Annual report of the Camel Specialist
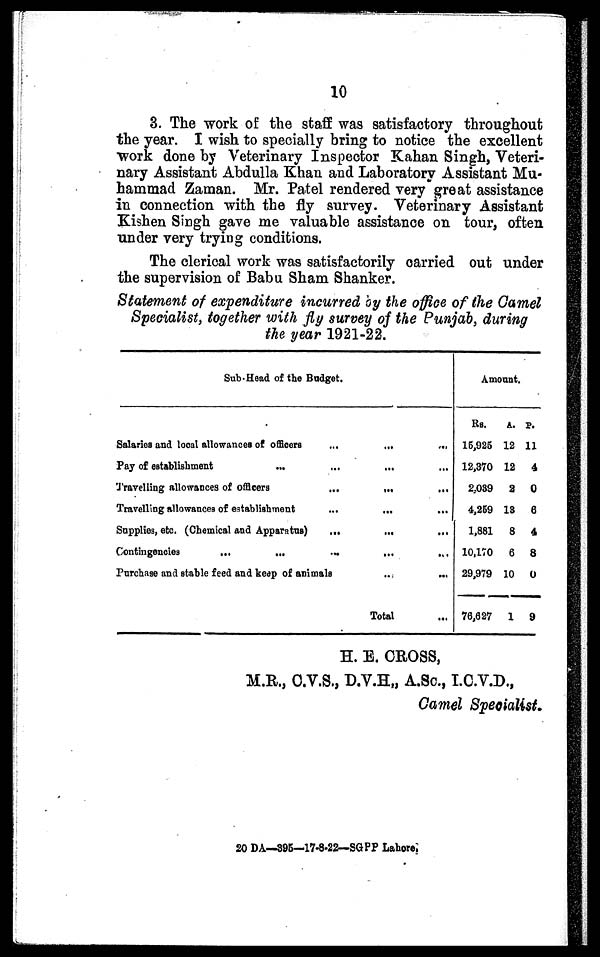
10
3. The work of the staff was satisfactory throughout
the year. I wish to specially bring to notice the excellent
work done by Veterinary Inspector Kahan Singh, Veteri-
nary Assistant Abdulla Khan and Laboratory Assistant Mu-
hammad Zaman. Mr. Patel rendered very great assistance
in connection with the fly survey. Veterinary Assistant
Kishen Singh gave me valuable assistance on tour, often
under very trying conditions.
The clerical work was satisfactorily carried out under
the supervision of Babu Sham Shanker.
Statement of expenditure incurred by the office of the Camel
Specialist, together with fly survey of the Punjab, during
the year 1921-22.
Sub-Head of the Budget.
Salaries and local allowances of officers
Pay of establishment
Travelling allowances of officers
Travelling allowances of establishment
Supplies, etc. (Chemical and Apparatus)
Contingencies
...
...
...
...
...
...
...
...
Purchase and stable feed and keep of animals
...
...
...
...
...
...
Total
Amount.
Rs.
15,925
12,370
2,039
4,259
1,881
10,170
29,979
76,627
A.
12
12
2
13
8
6
10
1
P.
11
4
0
6
4
8
0
9
H. E. CROSS,
M.R., C.V.S., D.V.H., A.Sc., I.C.V.D.,
Camel Specialist.
20 DA—395—17-8-22—SGPP Lahore.